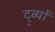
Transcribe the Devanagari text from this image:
द्र्व्यों